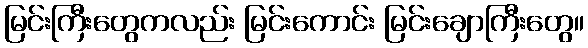
မြင်းကြီးတွေကလည်း မြင်းကောင်း မြင်းချောကြီးတွေ။